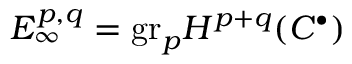
E _ { \infty } ^ { p , q } = { \mathrm { g r } } _ { p } H ^ { p + q } ( C ^ { \bullet } )